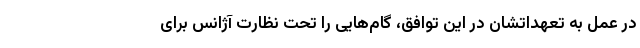
در عمل به تعهداتشان در این توافق، گام‌هایی را تحت نظارت آژانس برای